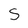
Character: S